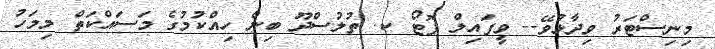
މިނިސްޓަރު ވިދާޅުވޭ-- ވީފައިލް ފޮޓޯ ކ. ތުލުސްދޫ ބިން ހިއްކުމުގެ މަަސައްކަތް މިމަހު